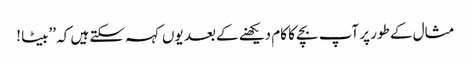
مثال کے طور پر آپ بچے کا کام دیکھنے کے بعد یوں کہہ سکتے ہیں کہ ’’بیٹا !